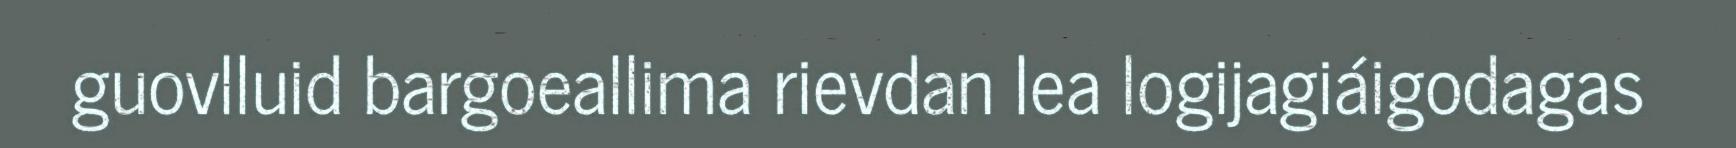
guovlluid bargoeallima rievdan lea logijagiáigodagas